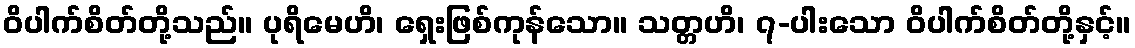
ဝိပါက်စိတ်တို့သည်။ ပုရိမေဟိ၊ ရှေးဖြစ်ကုန်သော။ သတ္တဟိ၊ ၇-ပါးသော ဝိပါက်စိတ်တို့နှင့်။